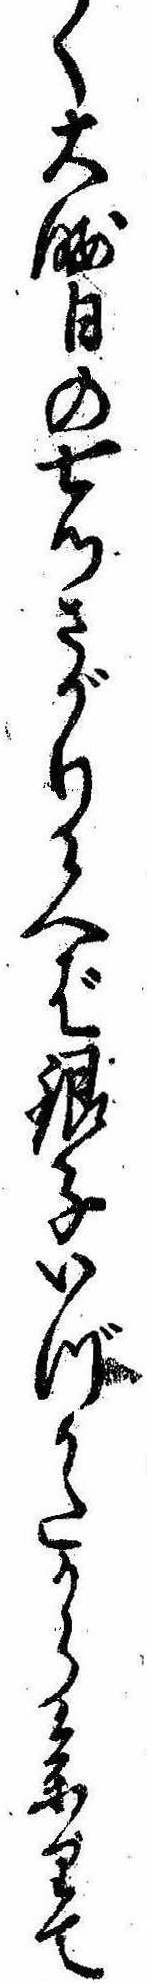
く大晦日の七ツさがり候へば銀子いづかたから参りて